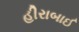
હીરાબાઈ